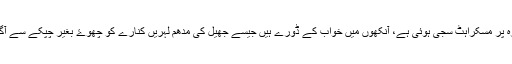
بچے کے چہرہ پر مسکراہٹ سجی ہوئی ہے، آنکھوں میں خواب کے ڈورے ہیں جیسے جھیل کی مدھم لہریں کنارے کو چھوۓ بغیر چپکے سے آگے بڑھ جائیں۔